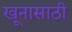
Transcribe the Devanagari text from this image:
खूनासाठी